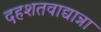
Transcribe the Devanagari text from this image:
दहशतवाद्यान्ना